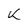
Character: k